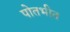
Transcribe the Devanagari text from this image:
पोतभीत